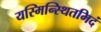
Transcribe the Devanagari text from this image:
यस्मिन्स्थितमिदं